Report on vaccination in the Province of Bengal - 1869-1873
Year: 1869
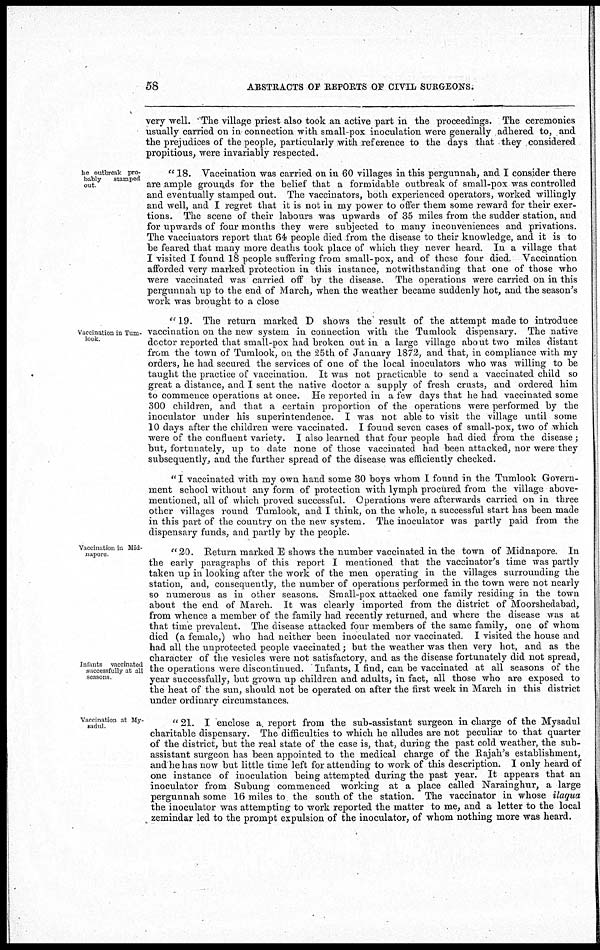
58
ABSTRACTS OF REPORTS OF CIVIL SURGEONS.
very well. The village priest also took an active part in the proceedings. The ceremonies
usually carried on in connection with small-pox inoculation were generally adhered to, and
the prejudices of the people, particularly with reference to the days that they considered
propitious, were invariably respected.
he outbreak pro-
bably
stamped
out.
" 18. Vaccination was carried on in 60 villages in this pergunnah, and I consider there
are ample grounds for the belief that a formidable outbreak of small-pox was controlled
and eventually stamped out. The vaccinators, both experienced operators, worked willingly
and well, and I regret that it is not in my power to offer them some reward for their exer-
tions. The scene of their labours was upwards of 35 miles from the sudder station, and
for upwards of four months they were subjected to many inconveniences and privations.
The vaccinators report that 64 people died from the disease to their knowledge, and it is to
be feared that many more deaths took place of which they never heard. In a village that
I visited I found 18 people suffering from small-pox, and of these four died. Vaccination
afforded very marked protection in this instance, notwithstanding that one of those who
were vaccinated was carried off by the disease. The operations were carried on in this
pergunnah up to the end of March, when the weather became suddenly hot, and the season's
work was brought to a close
Vaccination in Tum¬
look
"19. The return marked D shows the result of the attempt made to introduce
vaccination on the new system in connection with the Tumlook dispensary. The native
doctor reported that small-pox had broken out in a large village about two miles distant
from the town of Tumlook, on the 25th of January 1872, and that, in compliance with my
orders, he had secured the services of one of the local inoculators who was willing to be
taught the practice of vaccination. It was not practicable to send a vaccinated child so
great a distance, and I sent the native doctor a supply of fresh crusts, and ordered him
to commence operations at once. He reported in a few days that he had vaccinated some
300 children, and that a certain proportion of the operations were performed by the
inoculator under his superintendence. I was not able to visit the village until some
10 days after the children were vaccinated. I found seven cases of small-pox, two of which
were of the confluent variety. I also learned that four people had died from the disease;
but, fortunately, up to date none of those vaccinated had been attacked, nor were they
subsequently, and the further spread of the disease was efficiently checked.
" I vaccinated with my own hand some 30 boys whom I found in the Tumlook Govern-
ment school without any form of protection with lymph procured from the village above-
mentioned, all of which proved successful. Operations were afterwards carried on in three
other villages round Tumlook, and I think, on the whole, a successful start has been made
in this part of the country on the new system. The inoculator was partly paid from the
dispensary funds, and partly by the people.
Vaccination in Mid¬
napore.
Infants vaccinated
successfully at all
seasons
"20. Return marked E shows the number vaccinated in the town of Midnapore. In
the early paragraphs of this report I mentioned that the vaccinator's time was partly
taken up in looking after the work of the men operating in the villages surrounding the
station, and, consequently, the number of operations performed in the town were not nearly
so numerous as in other seasons. Small-pox attacked one family residing in the town
about the end of March. It was clearly imported from the district of Moorshedabad,
from whence a member of the family had recently returned, and where the disease was at
that time prevalent. The disease attacked four members of the same family, one of whom
died (a female,) who had neither been inoculated nor vaccinated. I visited the house and
had all the unprotected people vaccinated; but the weather was then very hot, and as the
character of the vesicles were not satisfactory, and as the disease fortunately did not spread,
the operations were discontinued. Infants, I find, can be vaccinated at all seasons of the
year successfully, but grown up children and adults, in fact, all those who are exposed to
the heat of the sun, should not be operated on after the first week in March in this district
under ordinary circumstances.
Vaccination at My¬
sadul.
" 21. I enclose a report from the sub-assistant surgeon in charge of the Mysadul
charitable dispensary. The difficulties to which he alludes are not peculiar to that quarter
of the district, but the real state of the case is, that, during the past cold weather, the sub-
assistant surgeon has been appointed to the medical charge of the Rajah's establishment,
and he has now but little time left for attending to work of this description. I only heard of
one instance of inoculation being attempted during the past year. It appears that an
inoculator from Subung commenced working at a place called Narainghur, a large
pergunnah some 16 miles to the south of the station. The vaccinator in whose ilaqua
the inoculator was attempting to work reported the matter to me, and a letter to the local
zemindar led to the prompt expulsion of the inoculator, of whom nothing more was heard.